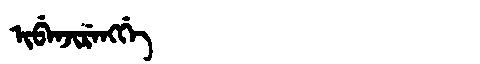
Manchu: ᡳᠪᡝᠨᠵᡳᡵᡝᠩᡤᡝ
Romanization: IBENJIRENGGE